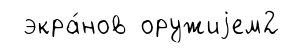
экра́нов оружиjем2